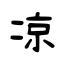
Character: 凉